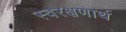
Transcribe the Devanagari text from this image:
स्वरक्षणार्थ